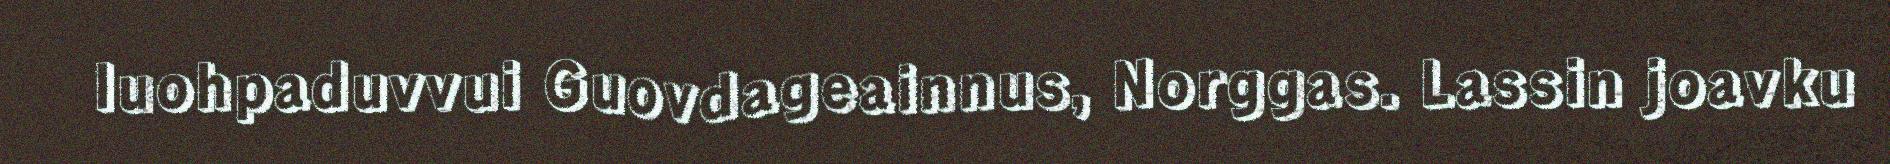
luohpaduvvui Guovdageainnus, Norggas. Lassin joavku